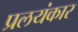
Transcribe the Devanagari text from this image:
प्रलयंकार